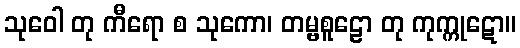
သုဝေါ တု ကီရော စ သုကော၊ တမ္ဗစူဠော တု ကုက္ကုဋော။